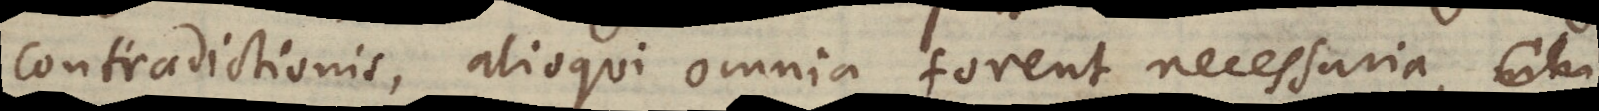
contradictionis, alioqui omnia forent necessaria, actu